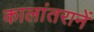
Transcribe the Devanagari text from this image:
कालांतरानें